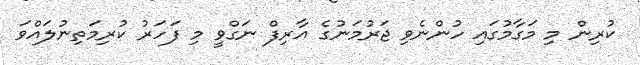
ކުރިން މި މަގާމުގައި ހުންނެވި ޖަރުމަނުގެ އާރިފް ނަގްވީ މި ފަހަރު ކުރިމަތިނުލައްވަ